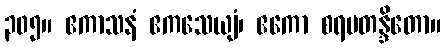
၃၀၅။ ဧကာသနံ ဧကသေယျံ၊ ဧကော စရမတန္ဒိတော။